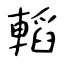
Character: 轁